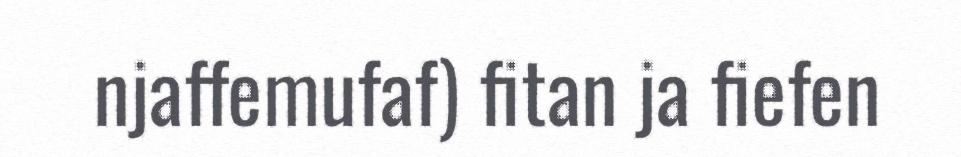
njaffemufaf) fitan ja fiefen